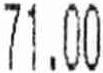
71.00